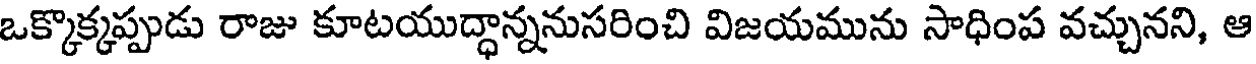
ఒక్కొక్కప్పుడు రాజు కూటయుద్ధాన్ననుసరించి విజయమును సాధింప వచ్చునని, ఆ